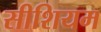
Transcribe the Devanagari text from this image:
सीशियम